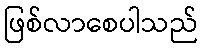
ဖြစ်လာစေပါသည်